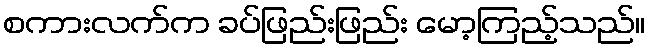
စကားလက်က ခပ်ဖြည်းဖြည်း မော့ကြည့်သည်။